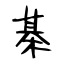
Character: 棊